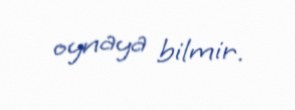
oynaya bilmir.